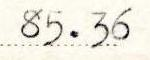
85.36